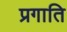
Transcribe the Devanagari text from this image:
प्रगाति